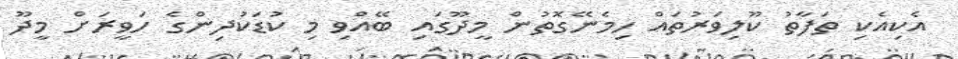
އެކިއެކި ތަފާތު ކޫލިވަރުތައް ހިމެނޭގޮތުން މީދޫގައި ބޭއްވި މި ކުޑަކުދިންގެ ހަވީރަށް މީދޫ